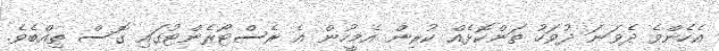
އެހެންވެ ދެވަނަ ދުވަހު ތަންކޮޅެއް ކުރިން އެމީހުން އެ ރެސްޓޯރެންޓުގައި ގޮސް ތިއްބެވެ.